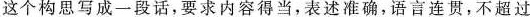
这个构思写成一段话，要求内容得当，表述准确，语言连贯，不超过